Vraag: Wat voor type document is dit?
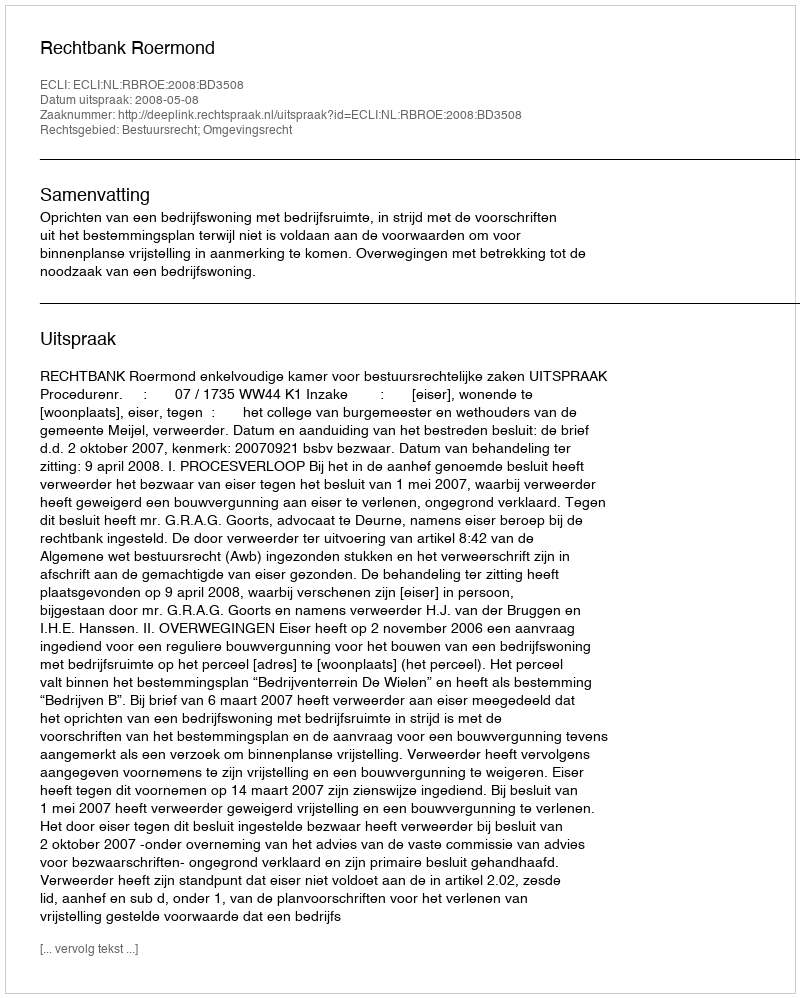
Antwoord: Uitspraak